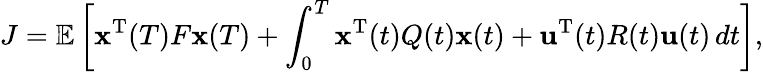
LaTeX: J=\mathbb{E}\left[{\mathbf{x}^{\mathrm{T}}}(T)F{\mathbf{x}}(T)+\int_{0}^{T}{\mathbf{x}^{\mathrm{T}}}(t)Q(t){\mathbf{x}}(t)+{\mathbf{u}^{\mathrm{T}}}(t)R(t){\mathbf{u}}(t)\, dt\right],